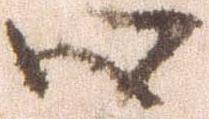
心